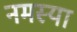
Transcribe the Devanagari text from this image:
नमस्या